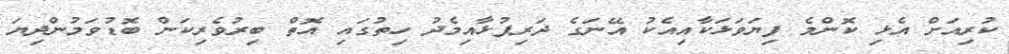
ކުރިއަށް އެޅި ކޮންމެ ފިޔަވަޅަކާއިއެކު އޭނަގެ ދަރިފުޅާއިމެދު ހިތުގައި އޮތް ބިރުވެރިކަން ބޮޑުވަމުންދިޔަ